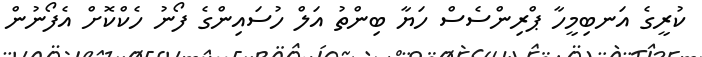
ކުރީގެ އަނބިމީހާ ޕްރިންސެސް ހަޔާ ބިންތު އަލް ހުސައިންގެ ފޯނު ހެކްކޮށް އެފޯނުން